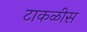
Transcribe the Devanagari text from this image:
टाकळीस